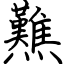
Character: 㸐